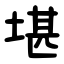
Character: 堪